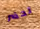
تحضر